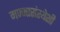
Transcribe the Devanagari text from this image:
मज्जासंस्थेशी